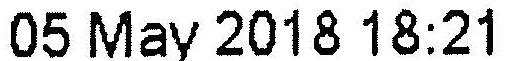
05 MAY 2018 18:21